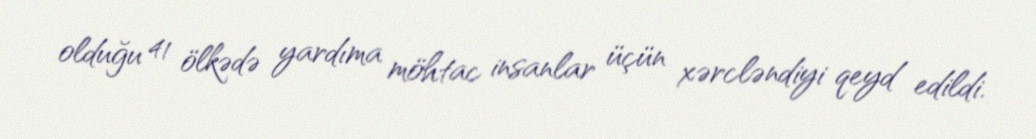
olduğu 41 ölkədə yardıma möhtac insanlar üçün xərcləndiyi qeyd edildi.